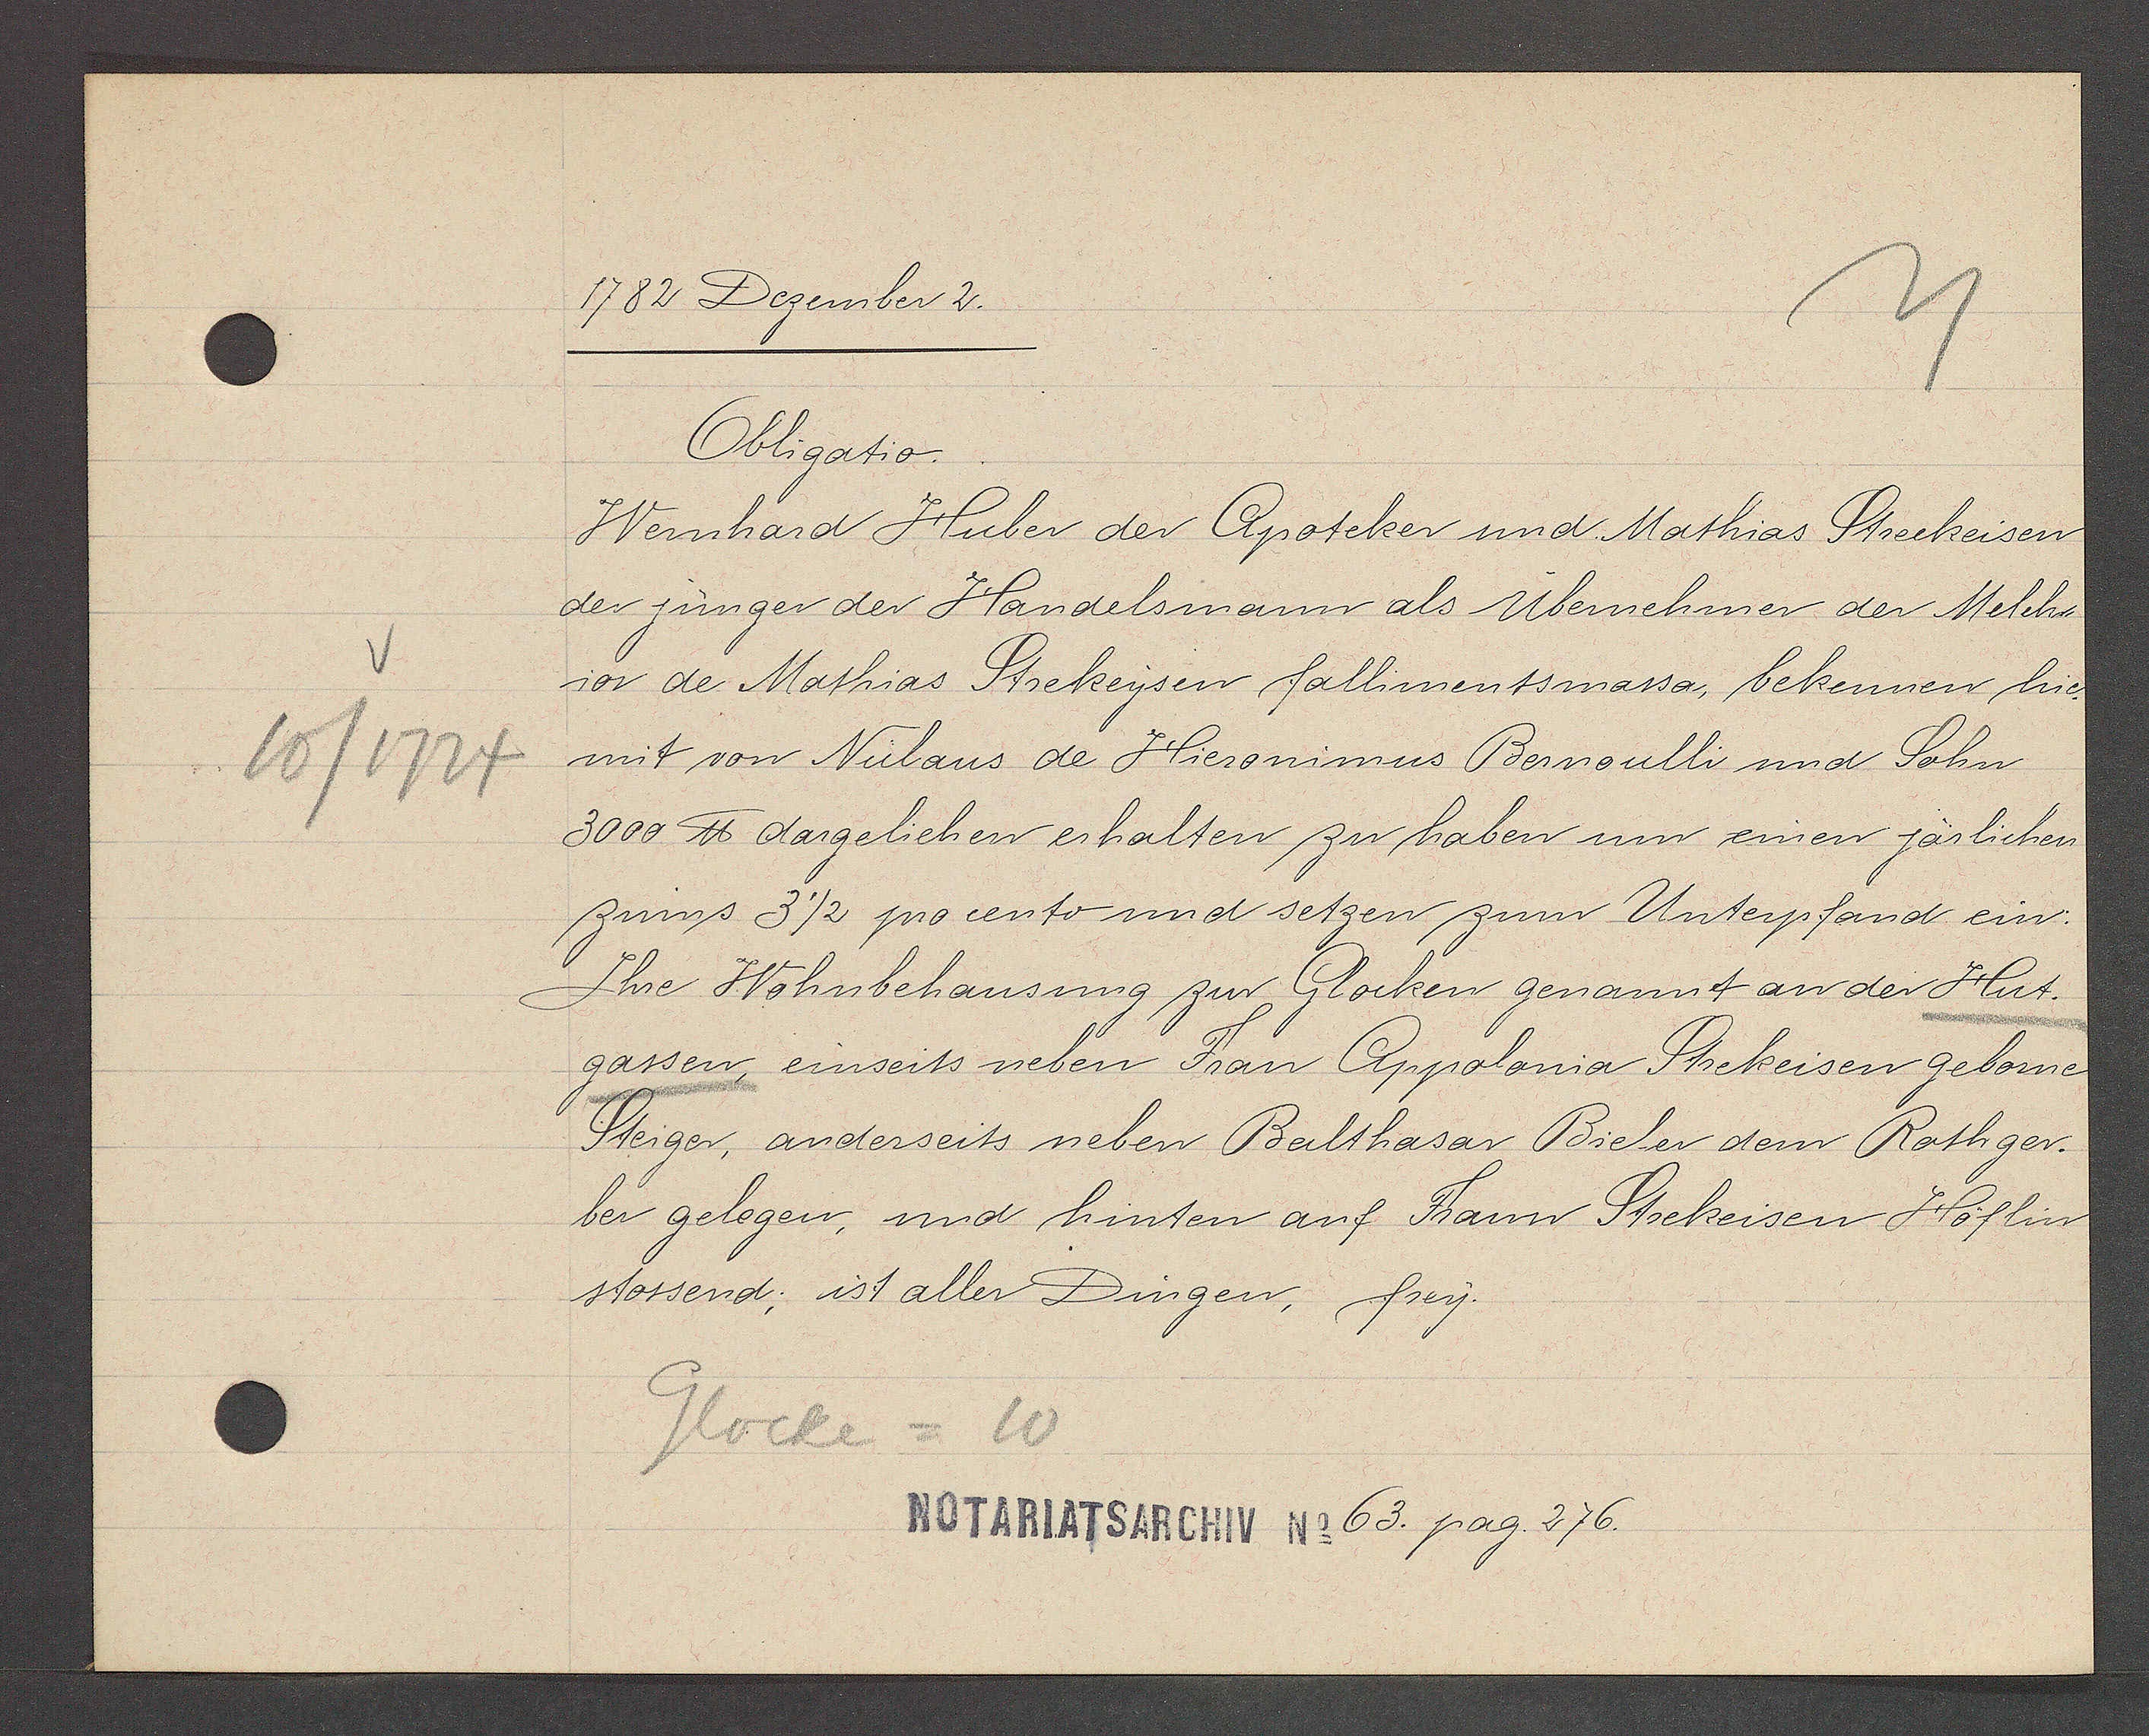
Transcript:
10/1724

1782 Dezember 2.

Obligatio.
Wernhard Huber der Apoteker und Mathias Streckeisen
der jünger der Handelsmann als Übemehmer der Melch¬
ior de Mathias Strekeysen fallimentsmassa, bekennen hie¬
mit von Niclaus de Hieronimus Bernoulli und Sohn
3000 ℔ dargeliehen erhalten zu haben um einen järlichen
zinns 3½ procento und setzen zum Unterpfand ein:
Ihre Wohnbehausung zur Glocken genannt an der Hut¬
gassen, einseits neben Frau Appolonia Strekeisen gebome
Steiger, anderseits neben Balthasar Bieler dem Rothger¬
ber gelegen, und hinten auf Frau Strekeisen Höflin
stossend; ist aller Dingen, frey.

Glocke = 10

NOTARIATSARCHIV No 63. pag. 276.